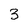
Character: 3